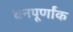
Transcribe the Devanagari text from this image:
धनपूर्णांक